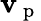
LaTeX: \mathbf{v}_{\mathrm{{~p~}}}